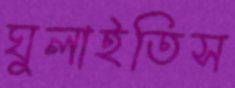
ঘুলাইতিস